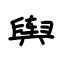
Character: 舆